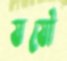
যযৌ